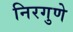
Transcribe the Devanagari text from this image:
निरगुणे